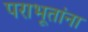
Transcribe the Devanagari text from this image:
पराभूतांना